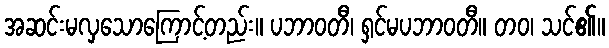
အဆင်းမလှသောကြောင့်တည်း။ ပဘာဝတီ၊ ရှင်မပဘာဝတီ။ တဝ၊ သင်၏။